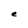
Character: e